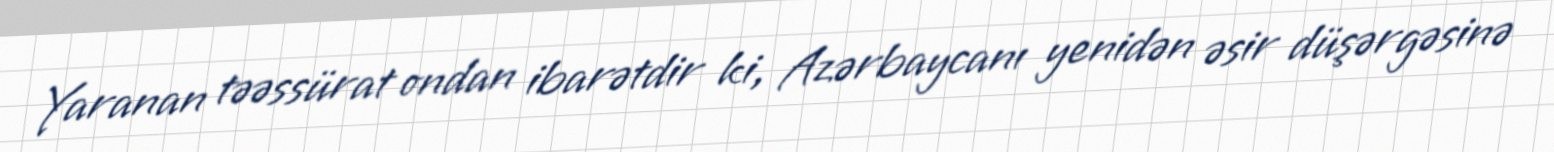
Yaranan təəssürat ondan ibarətdir ki, Azərbaycanı yenidən əsir düşərgəsinə